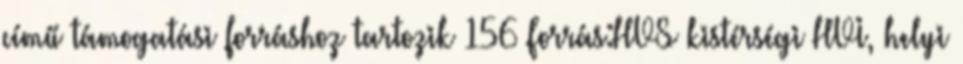
című támogatási forráshoz tartozik 156 Forrás:HVS kistérségi HVI, helyi